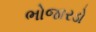
ભોજારડો